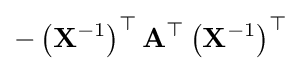
-\left(\mathbf {X} ^{-1}\right)^{\top }\mathbf {A} ^{\top }\left(\mathbf {X} ^{-1}\right)^{\top }